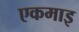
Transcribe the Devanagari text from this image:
एकमाइ